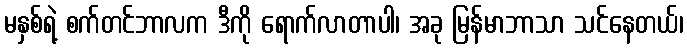
မနှစ်ရဲ့ စက်တင်ဘာလက ဒီကို ရောက်လာတာပါ၊ အခု မြန်မာဘာသာ သင်နေတယ်၊